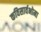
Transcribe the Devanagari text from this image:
कविसार्वभोमा